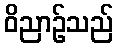
ဝိညာဉ်သည်